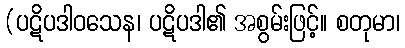
(ပဋိပဒါဝသေန၊ ပဋိပဒါ၏ အစွမ်းဖြင့်။ စတုမာ၊